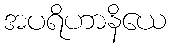
အပရိဟာနိယေ